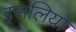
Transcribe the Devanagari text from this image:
इसलियो